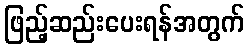
ဖြည့်ဆည်းပေးရန်အတွက်